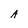
Character: A